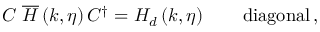
C \; \overline { { { H } } } \left( k , \eta \right) C ^ { \dagger } = H _ { d } \left( k , \eta \right) \qquad \mathrm { d i a g o n a l } \, ,